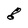
Character: 8